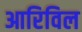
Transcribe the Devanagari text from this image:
आरिविल